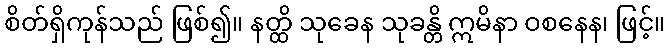
စိတ်ရှိကုန်သည် ဖြစ်၍။ နတ္ထိ သုခေန သုခန္တိ ဣမိနာ ဝစနေန၊ ဖြင့်။